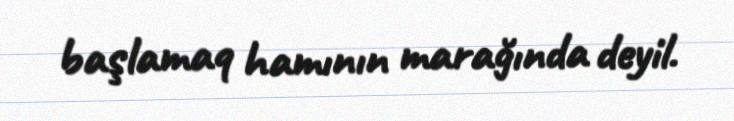
başlamaq hamının marağında deyil.